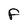
Character: F